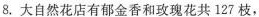
8. 大自然花店有郁金香和玫瑰花共127枝，